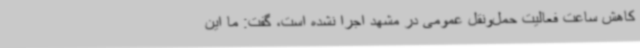
کاهش ساعت فعالیت حمل‌ونقل عمومی در مشهد اجرا نشده است، گفت: ما این